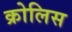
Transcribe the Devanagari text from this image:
क्रोलिस